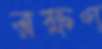
রক্ষণ